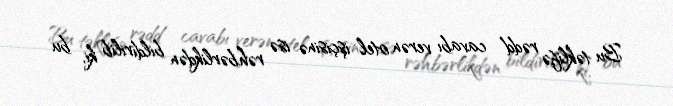
Bu təklifə rədd cavabı verən otel işçisinə isə rəhbərlikdən bildirilib ki, bu